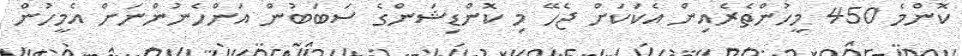
ކޮންމެ 450 މީހުންތެރެއިން އެކަކަށް ޖެހޭ މި ކޮންޑިޝަންގެ ސަބަބުން އަންހެނުންނަށް އެމީހުން